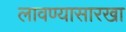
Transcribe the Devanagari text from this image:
लावण्यासारखा